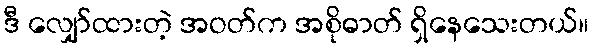
ဒီ လျှော်ထားတဲ့ အဝတ်က အစိုဓာတ် ရှိနေသေးတယ်။